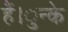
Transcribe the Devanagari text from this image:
हैं।ुन्के